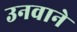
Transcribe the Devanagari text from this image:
उनवाने